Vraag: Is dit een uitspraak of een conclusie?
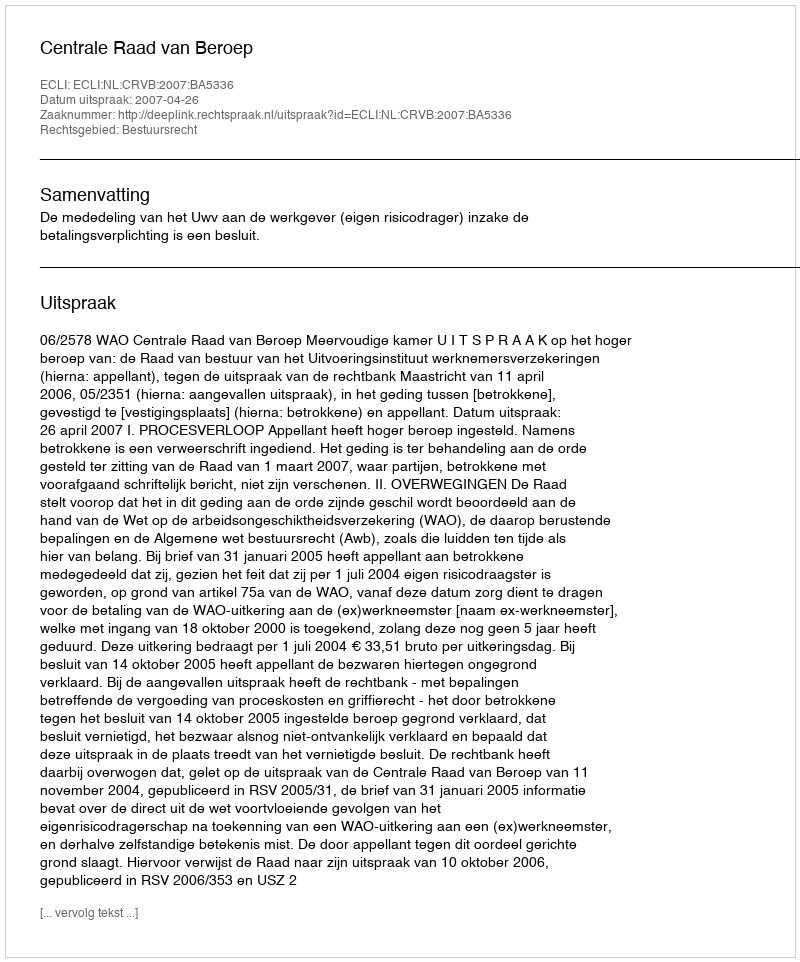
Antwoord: Uitspraak